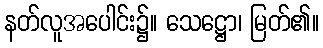
နတ်လူအပေါင်း၌။ သေဋ္ဌော၊ မြတ်၏။